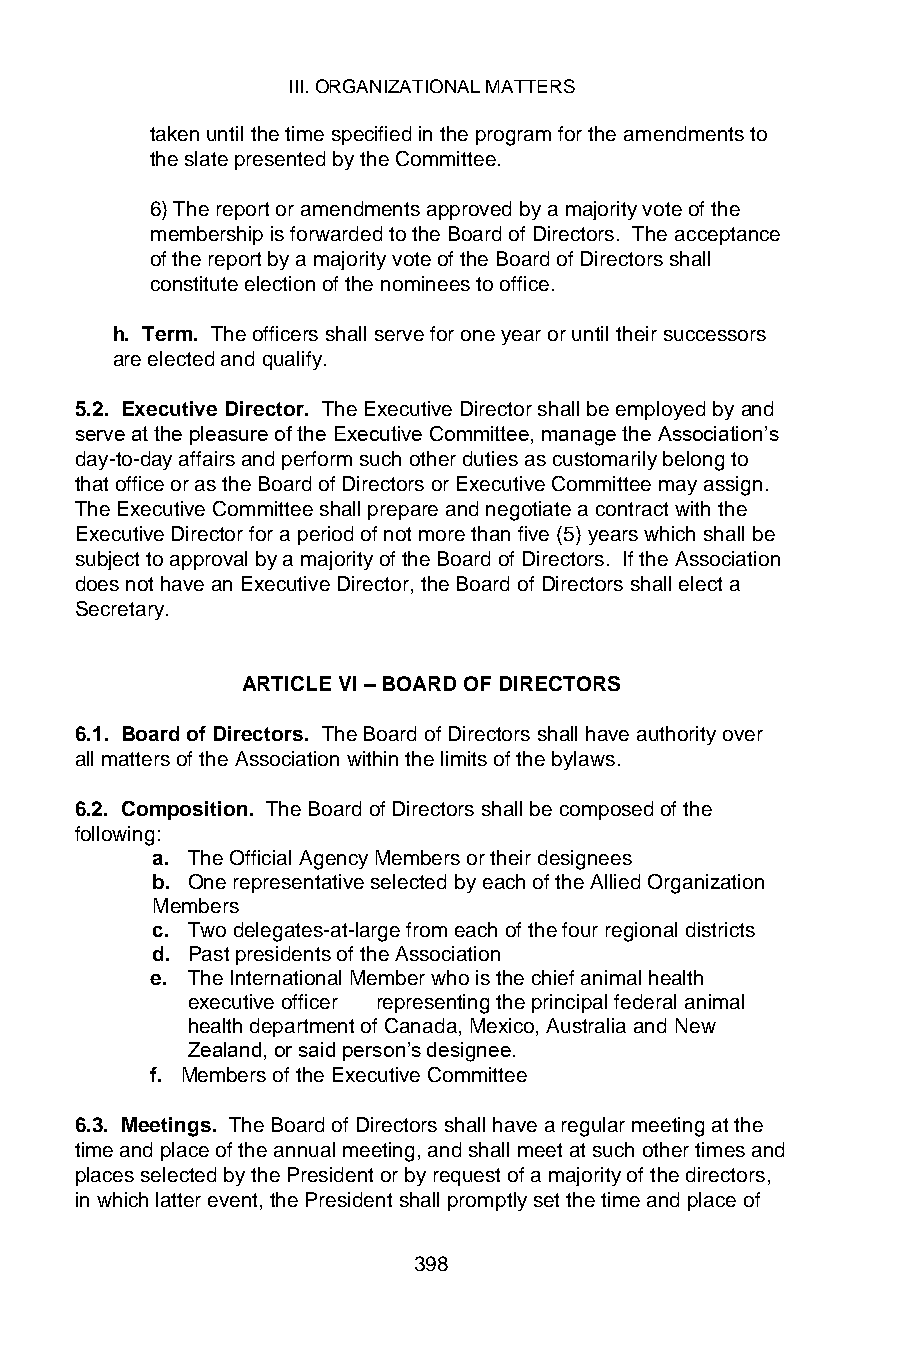
III. ORGANIZATIONAL MATTERS
 taken until the time specified in the program for the amendments to
 the slate presented by the Committee.
 6) The report or amendments approved by a majority vote of the
 membership is forwarded to the Board of Directors. The acceptance
 of the report by a majority vote of the Board of Directors shall
 constitute election of the nominees to office.
 h. Term. The officers shall serve for one year or until their successors
 are elected and qualify.
 5.2. Executive Director. The Executive Director shall be employed by and
 serve at the pleasure of the Executive Committee, manage the Association’s
 day-to-day affairs and perform such other duties as customarily belong to
 that office or as the Board of Directors or Executive Committee may assign.
 The Executive Committee shall prepare and negotiate a contract with the
 Executive Director for a period of not more than five (5) years which shall be
 subject to approval by a majority of the Board of Directors. If the Association
 does not have an Executive Director, the Board of Directors shall elect a
 Secretary.
 ARTICLE VI – BOARD OF DIRECTORS
 6.1. Board of Directors. The Board of Directors shall have authority over
 all matters of the Association within the limits of the bylaws.
 6.2. Composition. The Board of Directors shall be composed of the
 following:
 a. The Official Agency Members or their designees
 b. One representative selected by each of the Allied Organization
 Members
 c. Two delegates-at-large from each of the four regional districts
 d. Past presidents of the Association
 e. The International Member who is the chief animal health
 executive officer representing the principal federal animal
 health department of Canada, Mexico, Australia and New
 Zealand, or said person’s designee.
 f. Members of the Executive Committee
 6.3. Meetings. The Board of Directors shall have a regular meeting at the
 time and place of the annual meeting, and shall meet at such other times and
 places selected by the President or by request of a majority of the directors,
 in which latter event, the President shall promptly set the time and place of
 398